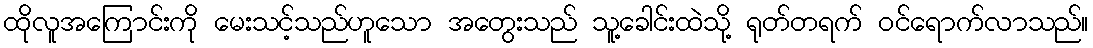
ထိုလူအကြောင်းကို မေးသင့်သည်ဟူသော အတွေးသည် သူ့ခေါင်းထဲသို့ ရုတ်တရက် ဝင်ရောက်လာသည်။